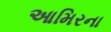
આમિરના